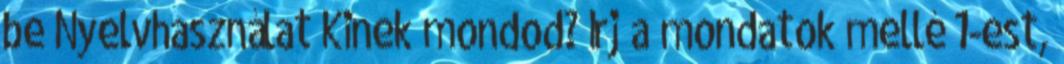
be Nyelvhasználat Kinek mondod? Írj a mondatok mellé 1-est,